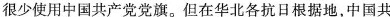
很少使用中国共产党党旗。但在华北各抗日根据地，中国共